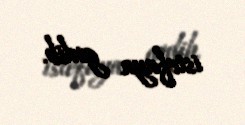
istefaya gedib.